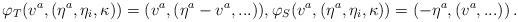
LaTeX: \begin{align*} \varphi_T(v^a,(\eta^a,\eta_i,\kappa))=(v^a,(\eta^a-v^a,...)), \varphi_S(v^a,(\eta^a,\eta_i,\kappa))=(-\eta^a,(v^a,...))\,.\end{align*}